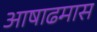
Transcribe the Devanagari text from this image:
अाषाढमास